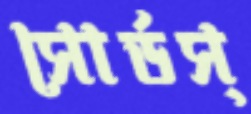
সোর্ডস্